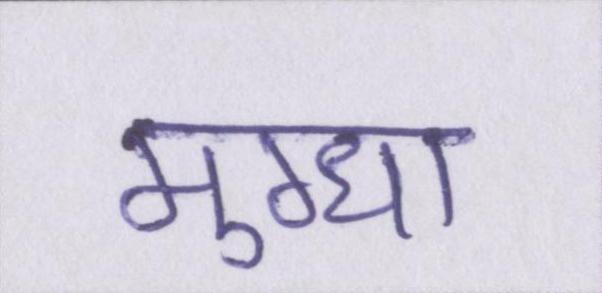
मुग्धा